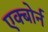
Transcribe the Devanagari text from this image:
एक्बोर्न